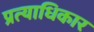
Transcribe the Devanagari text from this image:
प्रत्याधिकार